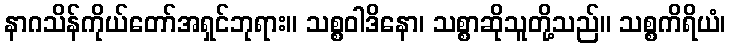
နာဂသိန်ကိုယ်တော်အရှင်ဘုရား။ သစ္စဝါဒိနော၊ သစ္စာဆိုသူတို့သည်။ သစ္စကိရိယံ၊